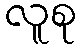
လူစု